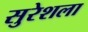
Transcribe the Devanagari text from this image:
सुरेशला